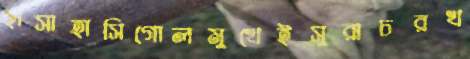
হাসাহাসিগোলমুখেইসুরাচরখ